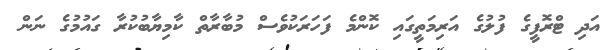
އަދި ޓްރޮފީގެ ފުލުގެ އަރިމަތީގައި ކޮންމެ ފަހަރަކުވެސް މުބާރާތް ކާމިޔާބުކުރާ ގައުމުގެ ނަން